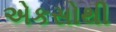
એકસોથી